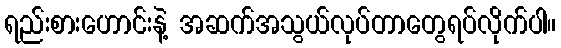
ရည်းစားဟောင်းနဲ့ အဆက်အသွယ်လုပ်တာတွေရပ်လိုက်ပါ။